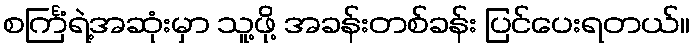
စင်္ကြံရဲ့အဆုံးမှာ သူ့ဖို့ အခန်းတစ်ခန်း ပြင်ပေးရတယ်။